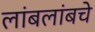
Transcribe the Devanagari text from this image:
लांबलांबचे